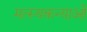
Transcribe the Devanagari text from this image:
मत्स्यकन्याओं